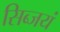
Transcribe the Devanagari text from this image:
सिब्जयं